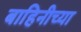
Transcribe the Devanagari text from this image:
बाहिनीच्या